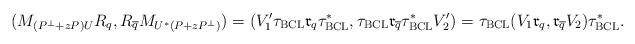
LaTeX: \begin{align*}(M_{(P^\perp+zP)U}R_q,R_{\overline q}M_{U^*(P+zP^\perp)})=(V_1'\tau_{\rm BCL}\mathfrak r_q\tau_{\rm BCL}^*,\tau_{\rm BCL}\mathfrak r_{\overline q}\tau_{\rm BCL}^*V_2')=\tau_{\rm BCL}(V_1\mathfrak r_q,\mathfrak r_{\overline q} V_2)\tau_{\rm BCL}^*.\end{align*}